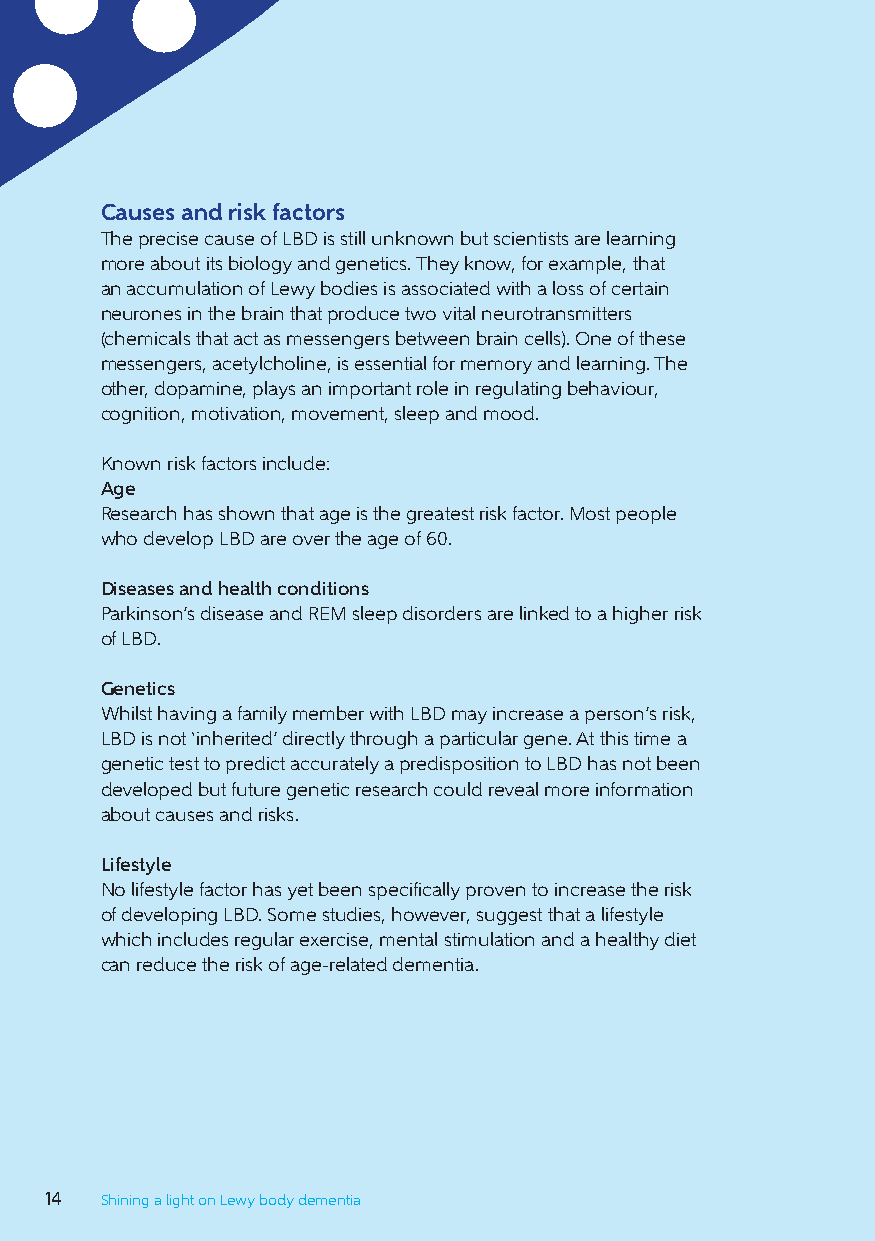
Causes and risk factors
 The precise cause of LBD is still unknown but scientists are learning
 more about its biology and genetics. They know, for example, that
 an accumulation of Lewy bodies is associated with a loss of certain
 neurones in the brain that produce two vital neurotransmitters
 (chemicals that act as messengers between brain cells). One of these
 messengers, acetylcholine, is essential for memory and learning. The
 other, dopamine, plays an important role in regulating behaviour,
 cognition, motivation, movement, sleep and mood.
 Known risk factors include:
 Age
 Research has shown that age is the greatest risk factor. Most people
 who develop LBD are over the age of 60.
 Diseases and health conditions
 Parkinson’s disease and REM sleep disorders are linked to a higher risk
 of LBD.
 Genetics
 Whilst having a family member with LBD may increase a person’s risk,
 LBD is not ‘inherited’ directly through a particular gene. At this time a
 genetic test to predict accurately a predisposition to LBD has not been
 developed but future genetic research could reveal more information
 about causes and risks.
 Lifestyle
 No lifestyle factor has yet been specifically proven to increase the risk
 of developing LBD. Some studies, however, suggest that a lifestyle
 which includes regular exercise, mental stimulation and a healthy diet
 can reduce the risk of age-related dementia.
 14  Shining a light on Lewy body dementia